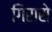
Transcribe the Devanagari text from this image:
गिरासे